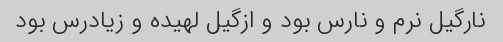
نارگیل نرم و نارس بود و ازگیل لهیده و زیادرس بود